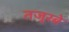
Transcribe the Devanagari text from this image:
तजुरबे